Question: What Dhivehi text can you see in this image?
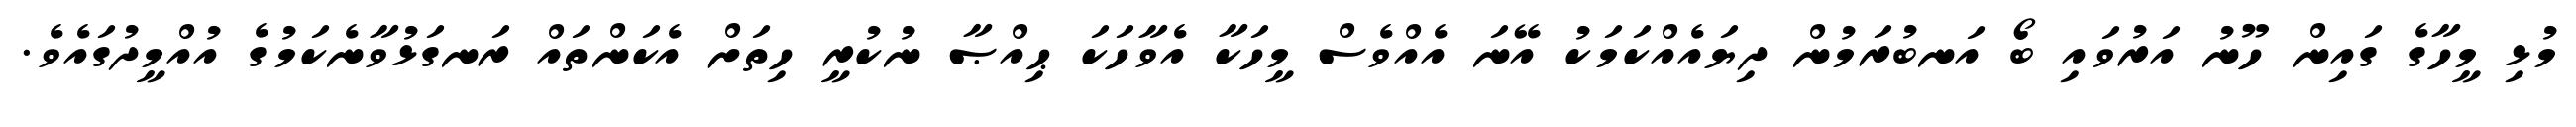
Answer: މުޅި މީހާގެ ގައިން ހޫނު އަރުވައި ބޯ އަނބުރަމުން ދިޔައެއްކަމަކު އޭނަ އެއްވެސް މީހަކާ އެވާހަކަ ޙިއްޞާ ނުކުރީ ހިތަށް އެކަންތައް ރަނގަޅުވާނެކަމުގެ އުއްމީދުގައެވެ.